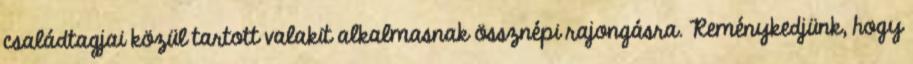
családtagjai közül tartott valakit alkalmasnak össznépi rajongásra. Reménykedjünk, hogy